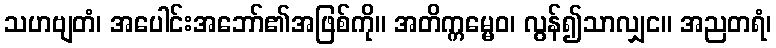
သဟဗျတံ၊ အပေါင်းအဘော်၏အဖြစ်ကို။ အတိက္ကမ္မေဝ၊ လွန်၍သာလျှင။ အညတရံ၊